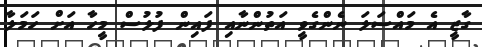
ގާޒީ އެ މައްސަލަ ނެންގެވީ އަތުންނާއި ފައިން ފުލުސް މީހާ އަށް ހަމަލާ